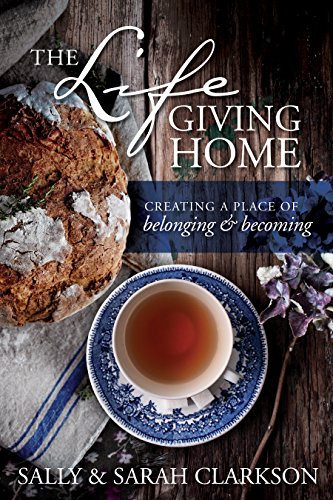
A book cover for The Lifegiving Home: Creating a Place of Belonging and Becoming; Sally Clarkson; Christian Books & Bibles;